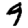
Digit: 9